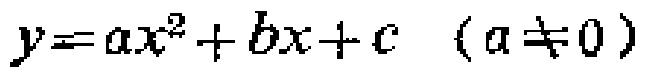
\(y = ax^{2}+bx + c\quad(a\neq0)\)